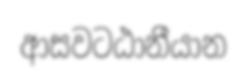
ආසවටඨානීයාන